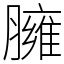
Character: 臃